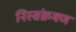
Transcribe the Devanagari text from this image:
निस्संक्रमण